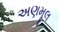
અણમૂલ